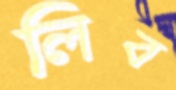
লিব